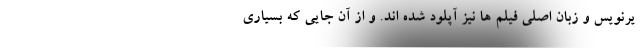
یرنویس و زبان اصلی فیلم ها نیز آپلود شده اند. و از آن جایی که بسیاری